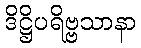
ဒိဋ္ဌိပရိဗ္ဗသာနာ